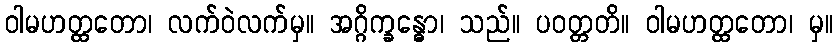
ဝါမဟတ္ထတော၊ လက်ဝဲလက်မှ။ အဂ္ဂိက္ခန္ဓော၊ သည်။ ပဝတ္တတိ။ ဝါမဟတ္ထတော၊ မှ။